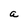
Character: a